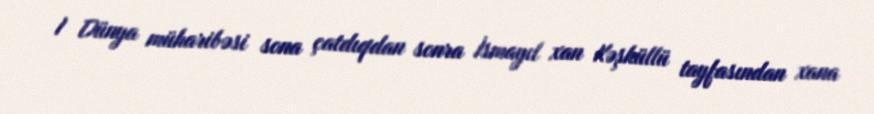
I Dünya müharibəsi sona çatdıqdan sonra İsmayıl xan Kəşküllü tayfasından xana